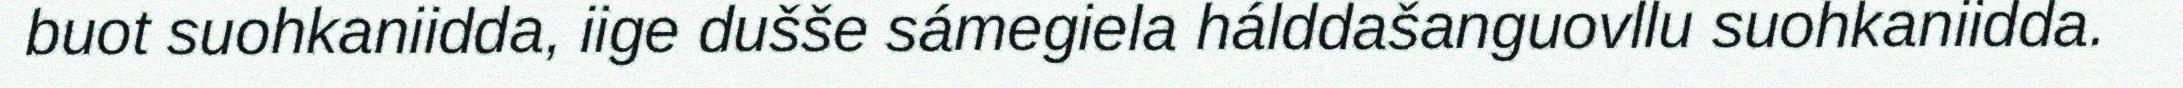
buot suohkaniidda, iige dušše sámegiela hálddašanguovllu suohkaniidda.